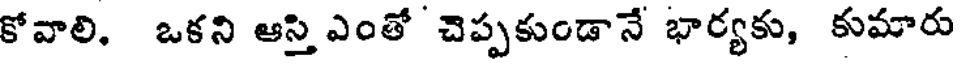
కోవాలి, ఒకని ఆస్తి ఎంతో చెప్పకుండానే భార్యకు, కుమారు